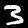
Label: 3